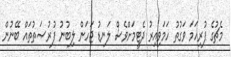
މެޗުގެ ފުރިހަމަ ވަގުތު ހަމަވިއިރު ދެޓީމަށްވެސް ލަނޑު ޖަހަން ލިބުނު ފުރުޞަތުތައް ބޭނުން